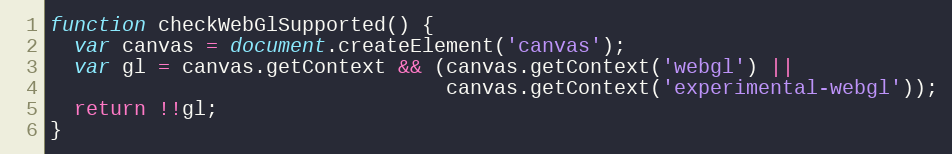
Language: JavaScript
function checkWebGlSupported() {
  var canvas = document.createElement('canvas');
  var gl = canvas.getContext && (canvas.getContext('webgl') ||
                                 canvas.getContext('experimental-webgl'));
  return !!gl;
}